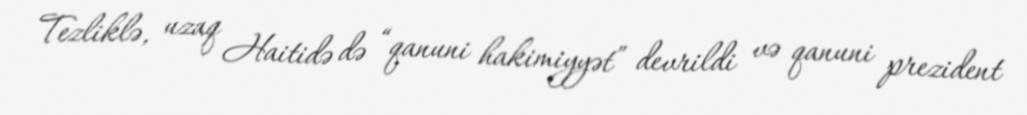
Tezliklə, uzaq Haitidə də “qanuni hakimiyyət” devrildi və qanuni prezident